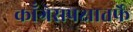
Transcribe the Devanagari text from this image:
काँग्रेसपक्षातर्फे